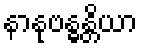
နာနုဗန္ဓန္တိယာ